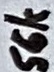
Text: 56k